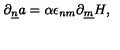
\partial _ { \underline { { n } } } a = \alpha \epsilon _ { n m } \partial _ { \underline { { m } } } H ,